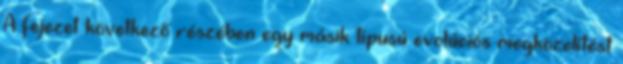
A fejezet következő részében egy másik típusú evolúciós megközelítést